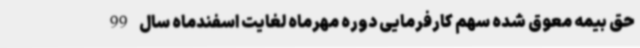
حق بیمه معوق شده سهم کارفرمایی دوره مهرماه لغایت اسفندماه سال 99